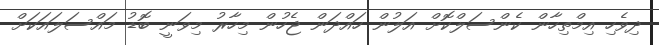
ދިވެހި އިމްތިހާން ކެންސަލްކޮށް އަލުން ހައްދަން ޖެހުން މިހާރު މިވަނީ ބޮޑު މައްސަލައަކަށް